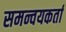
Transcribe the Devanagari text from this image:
समन्वयकर्ता